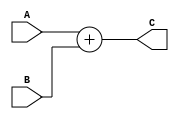
module Adder (
input    wire  [31:0]  A,B,
output   wire  [31:0]  C
);

assign C = A+B;
endmodule